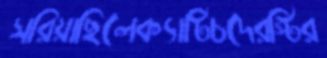
সরিয়াছিলেক্যাটিচদেরস্টির